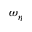
\omega _ { \eta }